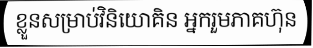
ខ្លួនសម្រាប់វិនិយោគិន អ្នករួមភាគហ៊ុន